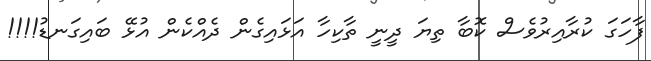
ފާހަގަ ކުރާއިރުވެސް ކޮބާ ތިޔަ ދީނީ ތާކިހާ އަޅައިގެން ދެއްކެން އުޅޭ ބައިގަނޑު!!!!